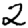
Digit: 2